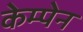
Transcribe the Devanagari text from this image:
केम्पेन